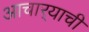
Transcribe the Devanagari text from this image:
आचार्‍याची